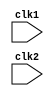
`timescale 1ns / 1ps
//////////////////////////////////////////////////////////////////////////////////
// Company: 
// 
// Design Name: MIPS-32 pipelined design
// Module Name: top_module
// Project Name: MIPS-32 pipelined design
// Target Devices: 
// Tool Versions: 
// Description: 
// 
// Dependencies: 
// 
// Revision:
// Revision 0.01 - File Created
// Additional Comments:
// 
//////////////////////////////////////////////////////////////////////////////////


module top_module(
    input clk1, clk2
    );
    
    parameter word_size = 32, memory_size = 1024, no_of_GPR = 32;
    /*
     * Defining all registers
     */
     
    //Temp registers for pipeline architecture
    reg [(word_size-1):0] PC, IF_ID_IR, IF_ID_NPC;
    reg [(word_size-1):0] ID_EX_IR, ID_EX_NPC, ID_EX_A, ID_EX_B, ID_EX_Imm;
    reg [ 2:0]            ID_EX_type, EX_MEM_type, MEM_WB_type;
    reg [(word_size-1):0] EX_MEM_IR, EX_MEM_B, EX_MEM_ALUOut;
    reg                   EX_MEM_cond;
    reg [(word_size-1):0] MEM_WB_IR, MEM_WB_ALUOut, MEM_WB_LMD;
    
    //GPR bank 32x32
    reg [(word_size-1):0] Reg [0:(no_of_GPR-1)];
    
    //1024x32 bit memory
    reg [(word_size-1):0] Mem [0:(memory_size-1)];
    
    /*
     * 
     */
    parameter ADD=6'b000000, SUB=6'b000001, 
              AND=6'b000010, OR =6'b000011,
              SLT=6'b000100, MUL=6'b000101,
              LW =6'b001000, SW =6'b001001,
              ADDI=6'b001010, SUBI=6'b001011,
              SLTI=6'b001100, BNEQZ=6'b001101,
              BEQZ=6'b001110, HLT=6'b111111;
    
    //Types of instructions
    parameter RR_ALU=3'b000, RM_ALU=3'b001,
              LOAD  =3'b010, STORE =3'b011,
              BRANCH=3'b100, HALT  =3'b101;
    
    //other reg.
    reg HALTED, TAKEN_BRANCH;          
    
    
    /******************IF stage******************/
    always @(posedge clk1) begin
        if(HALTED == 0) begin    //Not halted
            
            //Branch Instruction
            if(((EX_MEM_IR[31:26] == BEQZ) && (EX_MEM_cond == 1)) ||    //BRANCH if 0 instruction and output is 0
                ((EX_MEM_IR[31:26] == BNEQZ)&&(EX_MEM_cond == 0)))      //BRANCH if not 0 instruction and output is not 0
            begin
                //Set branch_taken
                TAKEN_BRANCH <= #2 1'b1;  
                //Load instructions from memory address calculated by EX_MEM_ALUOut according to branch instruc.              
                IF_ID_IR     <= #2 Mem[EX_MEM_ALUOut];  
                //NPC indicates to desired branch address +1  
                IF_ID_NPC    <= #2 EX_MEM_ALUOut + 1;       //????????????
                //PC indicates to desired branch address +1
                PC           <= #2 EX_MEM_ALUOut + 1;       //????????????
            end 
            
            //Not a branch Instruction
            else begin
                //Load instructions from memory address indicated by PC
                IF_ID_IR     <= #2 Mem[PC];
                //NPC indicates to PC +1  
                IF_ID_NPC    <= #2 PC + 1;
                //PC indicates to PC +1
                PC           <= #2 PC + 1;  
            end
        end
    end
    
    
    /******************ID stage******************/
    always @(posedge clk2) begin
        if (HALTED == 0) begin      //Not halted instrc.
        
            //If 'rs' is R0 (contain 0, can't change value), assign 0, else assign reg number  
            if (IF_ID_IR[25:21] == 5'b00000) ID_EX_A <= 0;
            else ID_EX_A <= #2 Reg[IF_ID_IR[25:21]];
            
            //If 'rt' is R0 (contain 0, can't change value), assign 0, else assign reg number  
            if (IF_ID_IR[20:16] == 5'b00000) ID_EX_B <= 0;
            else ID_EX_B <= #2 Reg[IF_ID_IR[20:16]];
            
            ID_EX_NPC       <= #2 IF_ID_NPC;    //Forward data of NPC to next reg.
            ID_EX_IR        <= #2 IF_ID_IR;     ////Forward data of IR to next reg.
            ID_EX_Imm       <= #2 {{16{IF_ID_IR[15]}}, {IF_ID_IR[15:0]}}; //Sign extention of 16 bit Imm value to 32 bit value
            
            //Defining Addressing types of instructions
            case (IF_ID_IR[31:26]) //'OPCODE'
                ADD,SUB,AND,OR,SLT,MUL              : ID_EX_type <= #2 RR_ALU;
                ADDI, SUBI, SLTI                    : ID_EX_type <= #2 RM_ALU;
                LW                                  : ID_EX_type <= #2 LOAD;
                SW                                  : ID_EX_type <= #2 STORE;
                BEQZ,BNEQZ                          : ID_EX_type <= #2 BRANCH;
                HLT                                 : ID_EX_type <= #2 HALT;
                default                             : ID_EX_type <= #2 HALT;
            endcase
        end
    end
    
    
    
    /******************EX stage******************/
    always @(posedge clk1) begin
        if (HALTED == 0) begin      //Not halted instrc.
            
            TAKEN_BRANCH    <= #2 1'b0;         //?????????????????????????
            EX_MEM_type     <= #2 ID_EX_type;   //Forward instruc. type
            EX_MEM_IR       <= #2 ID_EX_IR;     //forward IR
            
            case (ID_EX_type)
                RR_ALU: begin
                          case(ID_EX_IR[31:26])
                              ADD     : EX_MEM_ALUOut <= #2 ID_EX_A + ID_EX_B;
                              SUB     : EX_MEM_ALUOut <= #2 ID_EX_A - ID_EX_B;
                              AND     : EX_MEM_ALUOut <= #2 ID_EX_A & ID_EX_B;
                              OR      : EX_MEM_ALUOut <= #2 ID_EX_A | ID_EX_B;
                              SLT     : EX_MEM_ALUOut <= #2 ID_EX_A < ID_EX_B;
                              MUL     : EX_MEM_ALUOut <= #2 ID_EX_A * ID_EX_B;
                              default : EX_MEM_ALUOut <= #2 32'hxxxx_xxxx;
                          endcase
                        end
                RM_ALU: begin
                          case(ID_EX_IR[31:26])
                              ADDI     : EX_MEM_ALUOut <= #2 ID_EX_A + ID_EX_Imm;
                              SUBI     : EX_MEM_ALUOut <= #2 ID_EX_A - ID_EX_Imm;
                              SLTI     : EX_MEM_ALUOut <= #2 ID_EX_A < ID_EX_Imm;
                              default  : EX_MEM_ALUOut <= #2 32'hxxxx_xxxx;
                          endcase
                        end
                LOAD,STORE: begin
                            EX_MEM_ALUOut <= #2 ID_EX_A + ID_EX_Imm; //Calculate effective address
                            EX_MEM_B      <= #2 ID_EX_B;    //Forward B value required for STORE instruc.
                        end
                BRANCH: begin
                          EX_MEM_ALUOut <= #2 ID_EX_NPC + ID_EX_Imm; //Calculate effective address
                          EX_MEM_cond   <= #2 (ID_EX_A == 0);
                        end
            endcase
        end
    end
    
    /******************MEM stage******************/
    always @(posedge clk2) begin
        if(HALTED == 0) begin //Not a halt instruc
            MEM_WB_type     <= #2 EX_MEM_type;      //Transfer type of instruction to next stage
            MEM_WB_IR       <= #2 EX_MEM_IR;        //Transfer IR to next stage
            
            case(EX_MEM_type)
                RR_ALU, RM_ALU  : MEM_WB_ALUOut   <= #2 EX_MEM_ALUOut;
                LOAD            : MEM_WB_LMD      <= #2 Mem[EX_MEM_ALUOut];
                STORE           : if(TAKEN_BRANCH == 0) //No branch taken, then store
                                    Mem[EX_MEM_ALUOut]  <= #2 EX_MEM_B;
            endcase
        end
    end
    
    /******************WB stage******************/
    always @(posedge clk1) begin
        if(TAKEN_BRANCH == 0) begin //No branch taken, then write back
            case (MEM_WB_type)
                RR_ALU      : Reg[MEM_WB_IR[15:11]]  <= #2 MEM_WB_ALUOut;   //'rd'
                RM_ALU      : Reg[MEM_WB_IR[20:16]]  <= #2 MEM_WB_ALUOut;   //'rt'
                LOAD        : Reg[MEM_WB_IR[20:16]]  <= #2 MEM_WB_LMD;      //'rt'
                HALT        : HALTED                 <= #2 1'b1;
            endcase
        end
    end
endmodule